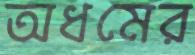
অধমের